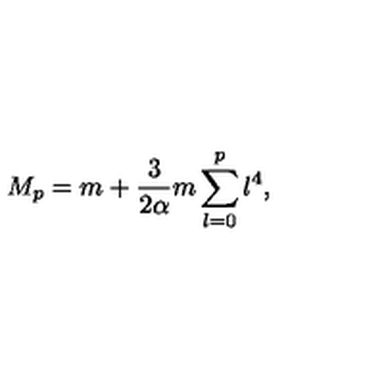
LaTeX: M _ { p } = m + \frac { 3 } { 2 \alpha } m \sum _ { l = 0 } ^ { p } l ^ { 4 } ,